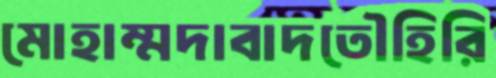
মোহাম্মদাবাদতৌহিরি